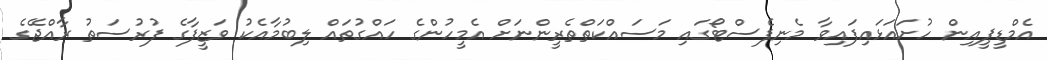
އެމްޑީޕީއިން ހުށައަޅައިފައިވާ މެނިފެސްޓޯގައި މަސައްކަތްތެރީންނަށް އެމީހުންގެ ހައްގުތައް ލިބުމާއެކު ވަޒީފާގެ ފުރުސަތު ރާއްޖޭގެ